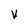
Character: V